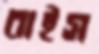
বাইস